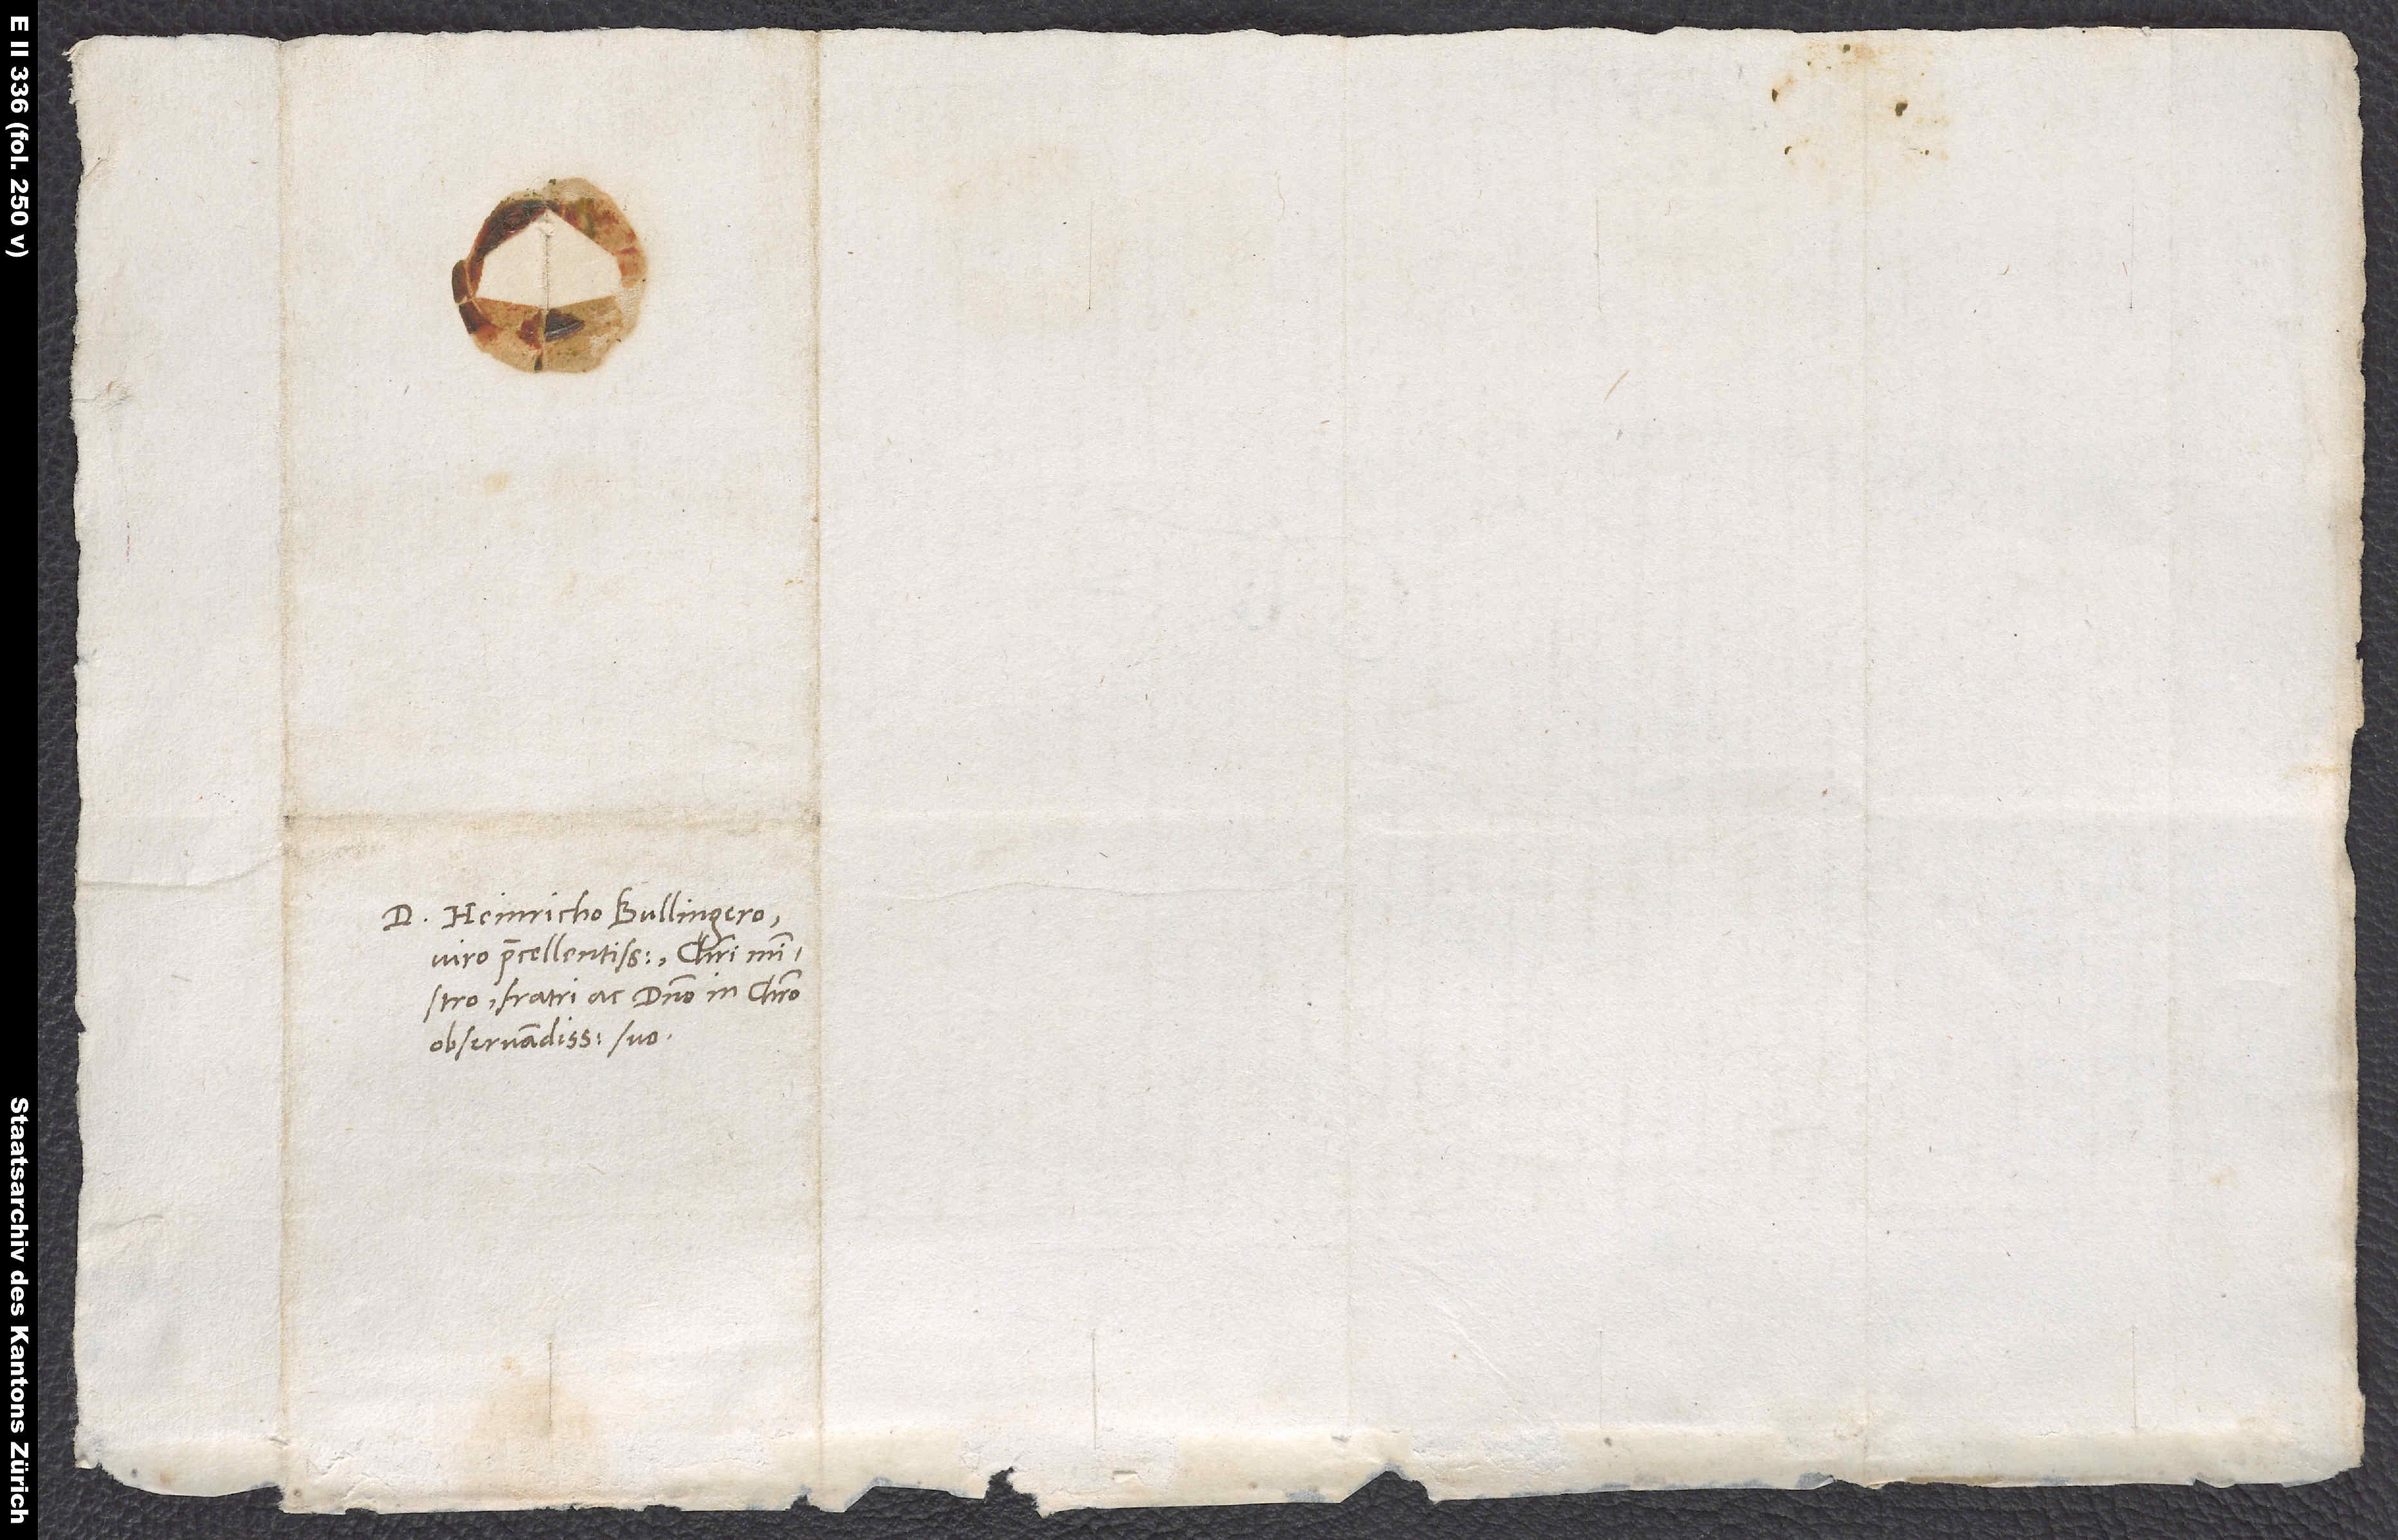
D. Heinricho Bullingero,
viro praecellentissimo, Christi ministro,
fratri ac domino in Christo
observandissimo suo.